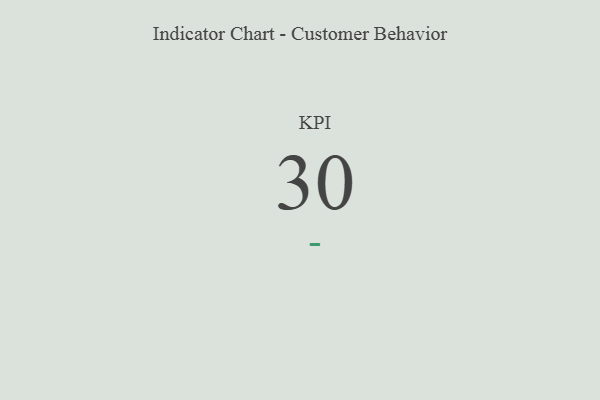
{"axis": {"x": "KPI", "y": "Value"}, "legend": [""], "data": [{"x": "KPI", "y": 30, "type": ""}]}